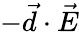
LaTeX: -\vec{d}\cdot\vec{E}